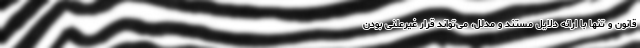
قانون و تنها با ارائه دلایل مستند و مدلل، می‌تواند قرار غیرعلنی بودن